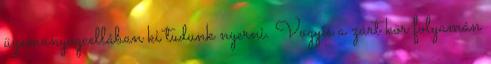
üzemanyagcellában ki tudunk nyerni. Vagyis a zárt kör folyamán